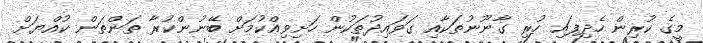
މީގެ ކުރިން ހެދިފައި ހުރި ގާނޫނުތަކާއި ގަވައިދުތަކުން ހަށިވިއްކުމަށް ބޭނުންކުރާ ތަންތަން ކުއްޔަށް